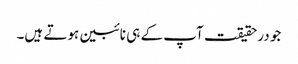
جو درحقیقت آپ کے ہی نائبین ہوتے ہیں۔